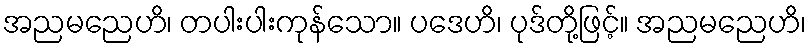
အညမညေဟိ၊ တပါးပါးကုန်သော။ ပဒေဟိ၊ ပုဒ်တို့ဖြင့်။ အညမညေဟိ၊